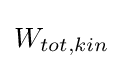
W_{tot,kin}